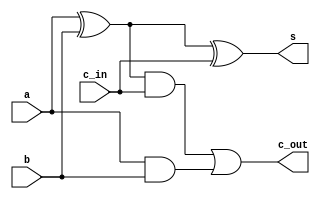
`timescale 10ns/1ns 

module sum1bit(s,c_out,a,b,c_in);
 input a,b,c_in;
 output s,c_out;
 wire s1,s2,c1;
 xor(s1,a,b);
 and(c1,a,b);
 xor(s,s1,c_in);
 and(c2,s1,c_in);
 or(c_out,c2,c1);
endmodule

module simulare;
 reg a,b,ci;
 wire s,co;
 sum1bit sum(s,co,a,b,ci);
  initial
   begin
       a=1'b0; b=1'b0; ci=1'b0;
    #5 a=1'b0; b=1'b0; ci=1'b1;
    #5 a=1'b0; b=1'b1; ci=1'b0;
    #5 a=1'b0; b=1'b1; ci=1'b1;
    #5 a=1'b1; b=1'b0; ci=1'b0;
    #5 a=1'b1; b=1'b0; ci=1'b1;
    #5 a=1'b1; b=1'b1; ci=1'b0;
    #5 a=1'b1; b=1'b1; ci=1'b1;
    #5 $finish;

  end

 initial
  $monitor("%b %b %b -> %b %b",a,b,ci,s,co);
endmodule